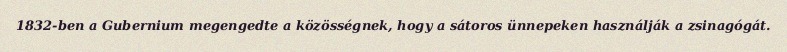
1832-ben a Gubernium megengedte a közösségnek, hogy a sátoros ünnepeken használják a zsinagógát.